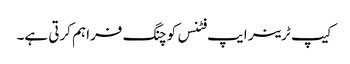
کیپ ٹرینر ایپ فٹنس کوچنگ فراہم کرتی ہے۔